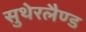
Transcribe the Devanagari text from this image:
सुथेरलैण्ड